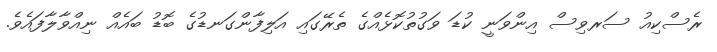
ރެސްކިއު ސަރވިސް އިންވަނީ ކުޑަ ވަގުތުކޮޅެއްގެ ތެރޭގައި އަލިފާންގަނޑުގެ ބޮޑު ބައެއް ނިއްވާލާފައެވެ.